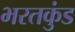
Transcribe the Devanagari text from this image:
भरतकुंड